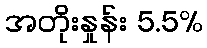
အတိုးနှုန်း 5.5%